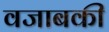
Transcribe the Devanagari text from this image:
वजाबकी